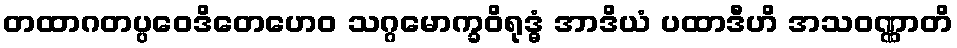
တထာဂတပ္ပဝေဒိတေဟေဝ သဂ္ဂမောက္ခဝိရုဒ္ဓံ အာဒိယံ ပထာဒီဟိ အသဝဏ္ဏာတိ